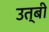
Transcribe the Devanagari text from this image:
उत्बी